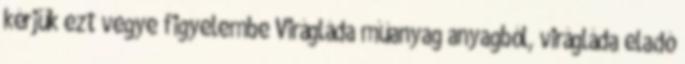
kérjük ezt vegye figyelembe Virágláda műanyag anyagból, virágláda eladó